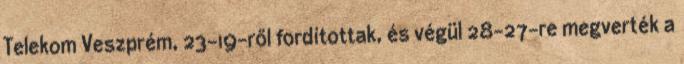
Telekom Veszprém, 23-19-ről fordítottak, és végül 28-27-re megverték a